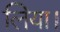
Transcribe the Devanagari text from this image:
लिया।